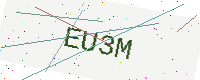
Text: EU3M